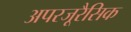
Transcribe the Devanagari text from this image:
अपरजूरैसिक